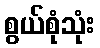
စွယ်စုံသုံး